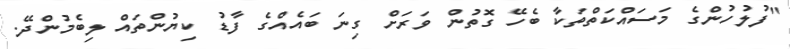
"ފުލުހުންގެ މަސައްކަތްތަކާ ބެހޭ ގޮތުން ވަރަށް ގިނަ ބައެއްގެ ފާޑު ކިޔުންތައް ލިބެމުންދޭ.